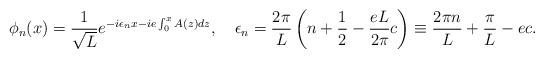
LaTeX: \begin{align*}\phi_n(x)={1\over\sqrt L}e^{-i \epsilon_nx -ie\int_0^x A(z)dz},\quad \epsilon_n= {2\pi\over L}\left(n+{1\over2} -{eL\over 2\pi}c\right)\equiv {2\pi n\over L} + {\pi\over L}- ec. \end{align*}